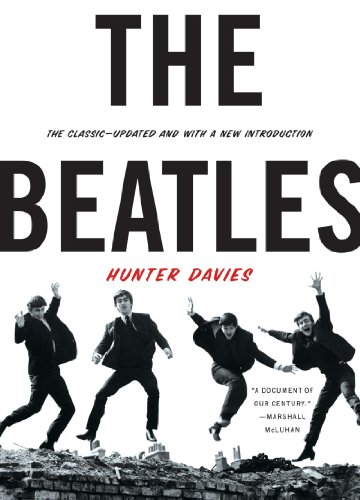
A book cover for The Beatles (Updated Edition); Hunter Davies; Humor & Entertainment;